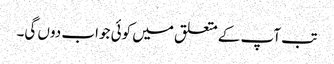
تب آپ کے متعلق میں کوئی جواب دوں گی۔